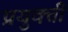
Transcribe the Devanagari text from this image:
प्रयुक्ती